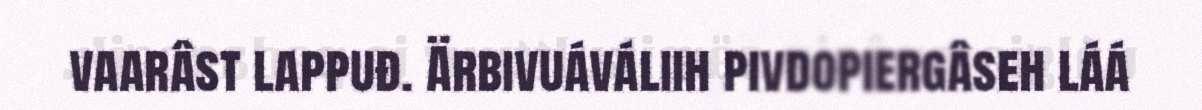
vaarâst lappuđ. Ärbivuáváliih pivdopiergâseh láá